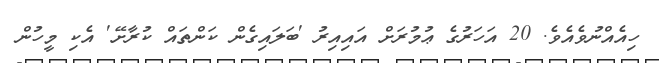
ހިއެއްނުވެއެވެ. 20 އަހަރުގެ ޢުމުރަށް އައިއިރު 'ބަލައިގެން ކަންތައް ކުރާށޭ' އެކި މީހުން